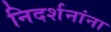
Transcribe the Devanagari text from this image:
निदर्शनांना